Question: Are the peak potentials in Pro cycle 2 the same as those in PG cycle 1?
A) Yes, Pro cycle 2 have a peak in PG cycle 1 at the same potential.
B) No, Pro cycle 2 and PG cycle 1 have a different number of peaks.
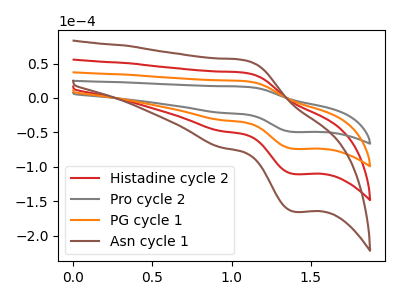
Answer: <think>The red curve "Histadine cycle 2" has an anodic peak at (1.10V, 49.20uA) and a cathodic peak at (1.40V, -148.05uA). The gray curve "Pro cycle 2" has an anodic peak at (1.10V, 16.45uA) and a cathodic peak at (1.40V, -49.50uA). The orange curve "PG cycle 1" has an anodic peak at (1.10V, 24.60uA) and a cathodic peak at (1.40V, -74.00uA). The brown curve "Asn cycle 1" has an anodic peak at (1.10V, 73.80uA) and a cathodic peak at (1.40V, -222.05uA).</think>
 <answer>A) Yes, "Pro cycle 2" have a peak in "PG cycle 1" at the same potential.</answer>
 <eval>A</eval>